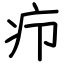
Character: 疖